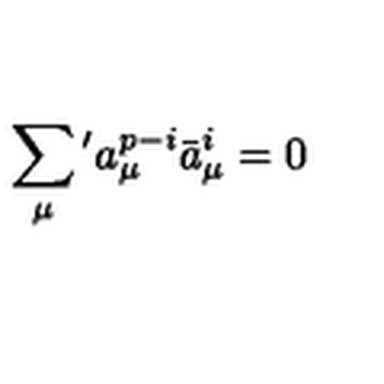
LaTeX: \sum _ { \mu } { } ^ { \prime } a _ { \mu } ^ { p - i } \bar { a } _ { \mu } ^ { i } = 0